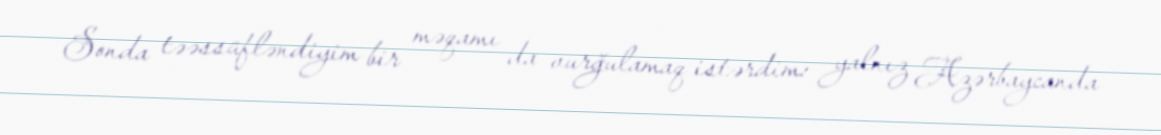
Sonda təəssüfləndiyim bir məqamı da vurğulamaq istərdim: yalnız Azərbaycanda